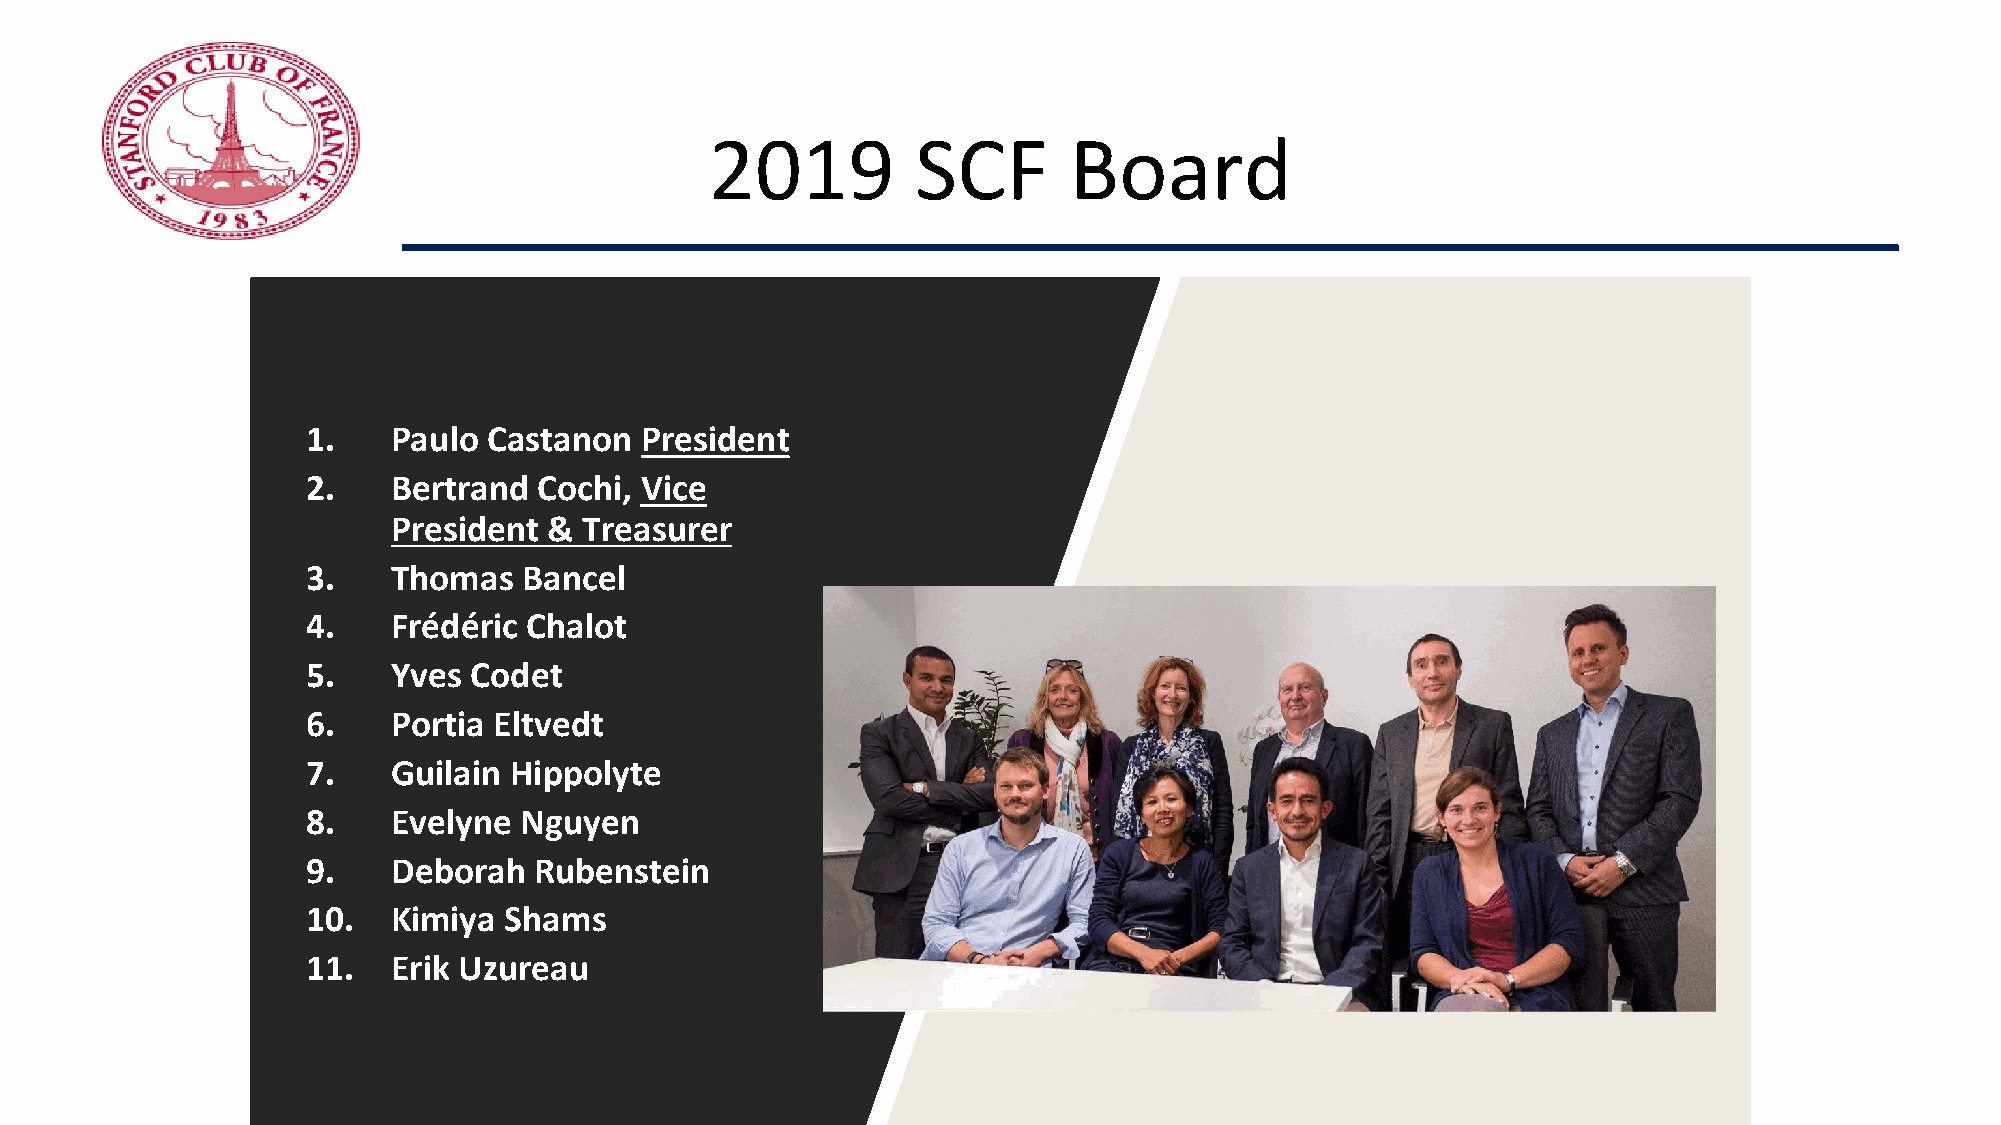
2019          SCF       Board
 1.    Paulo Castanon  President
 2.    Bertrand  Cochi, Vice
 President &  Treasurer
 3.    Thomas   Bancel
 4.    Frédéric Chalot
 5.    Yves Codet
 6.    Portia Eltvedt
 7.    Guilain Hippolyte
 8.    Evelyne Nguyen
 9.    Deborah  Rubenstein
 10.   Kimiya Shams
 11.   Erik Uzureau